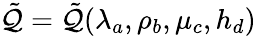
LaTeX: \tilde{{\cal Q}}=\tilde{{\cal Q}}(\lambda_{a},\rho_{b},\mu_{c},h_{d})